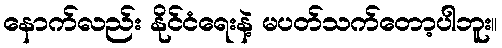
နောက်လည်း နိုင်ငံရေးနဲ့ မပတ်သက်တော့ပါဘူး။